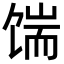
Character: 𩠊